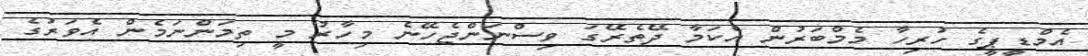
އެމްޑީޕީގެ ހުރިހާ މެމްބަރުން އެކަމާ ދޭތެރޭގަ ވިސްނަންޖެހޭނެ މިހާރު މީ ތިމަންނަމެން އެވަރުގެ